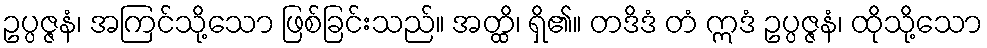
ဥပ္ပဇ္ဇနံ၊ အကြင်သို့သော ဖြစ်ခြင်းသည်။ အတ္ထိ၊ ရှိ၏။ တဒိဒံ တံ ဣဒံ ဥပ္ပဇ္ဇနံ၊ ထိုသို့သော